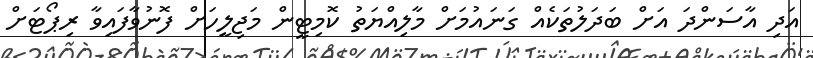
އަދި އާސަންދަ އަށް ބަދަލުތަކެއް ގަނައުމަށް މާލިއްޔަތު ކޮމިޓީން މަޖިލީހަށް ފޮނުވާފައިވާ ރިޕޯޓަށް